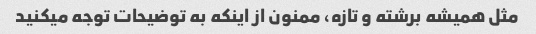
مثل همیشه برشته و تازه، ممنون از اینکه به توضیحات توجه میکنید